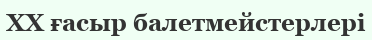
XX ғасыр балетмейстерлері